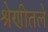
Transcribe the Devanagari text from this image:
श्रेणीतले